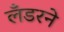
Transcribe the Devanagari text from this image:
लँडरने